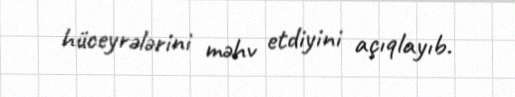
hüceyrələrini məhv etdiyini açıqlayıb.